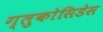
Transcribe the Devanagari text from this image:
ग्लुकोसिडेस